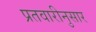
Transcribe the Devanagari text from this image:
प्रतवारीनुसार